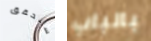
سنحقق بالباب